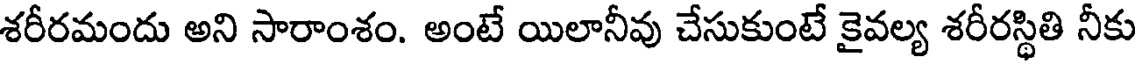
శరీరమందు అని సారాంశం. అంటే యిలానీవు చేసుకుంటే కైవల్య శరీరస్థితి నీకు